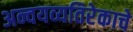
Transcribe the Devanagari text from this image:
अन्वयव्यतिरेकाचे